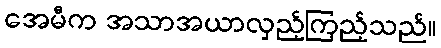
အေမီက အသာအယာလှည့်ကြည့်သည်။